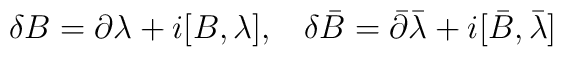
\delta B=\partial\lambda+i[B,\lambda], \hskip 10pt\delta \bar B=\bar\partial\bar\lambda+i[\bar B,\bar\lambda]